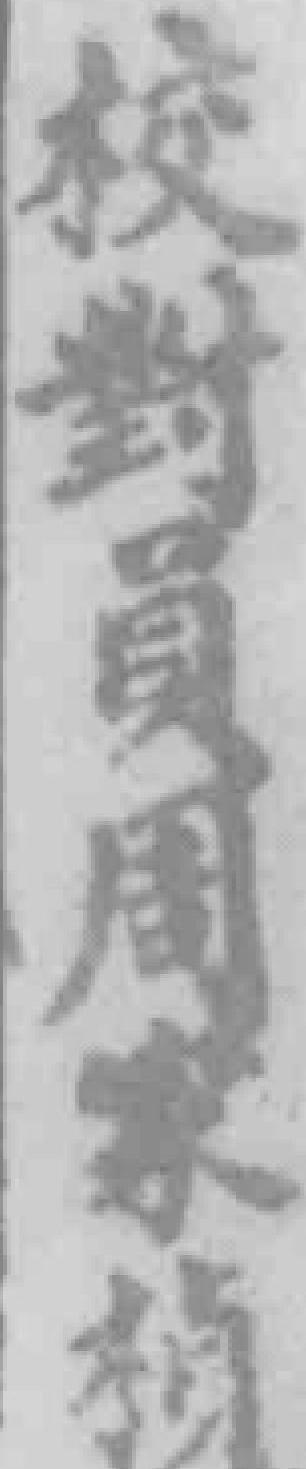
校對員周家楨